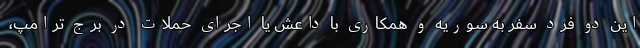
این دو فرد سفر به سوریه و همکاری با داعش یا اجرای حملات در برج ترامپ،